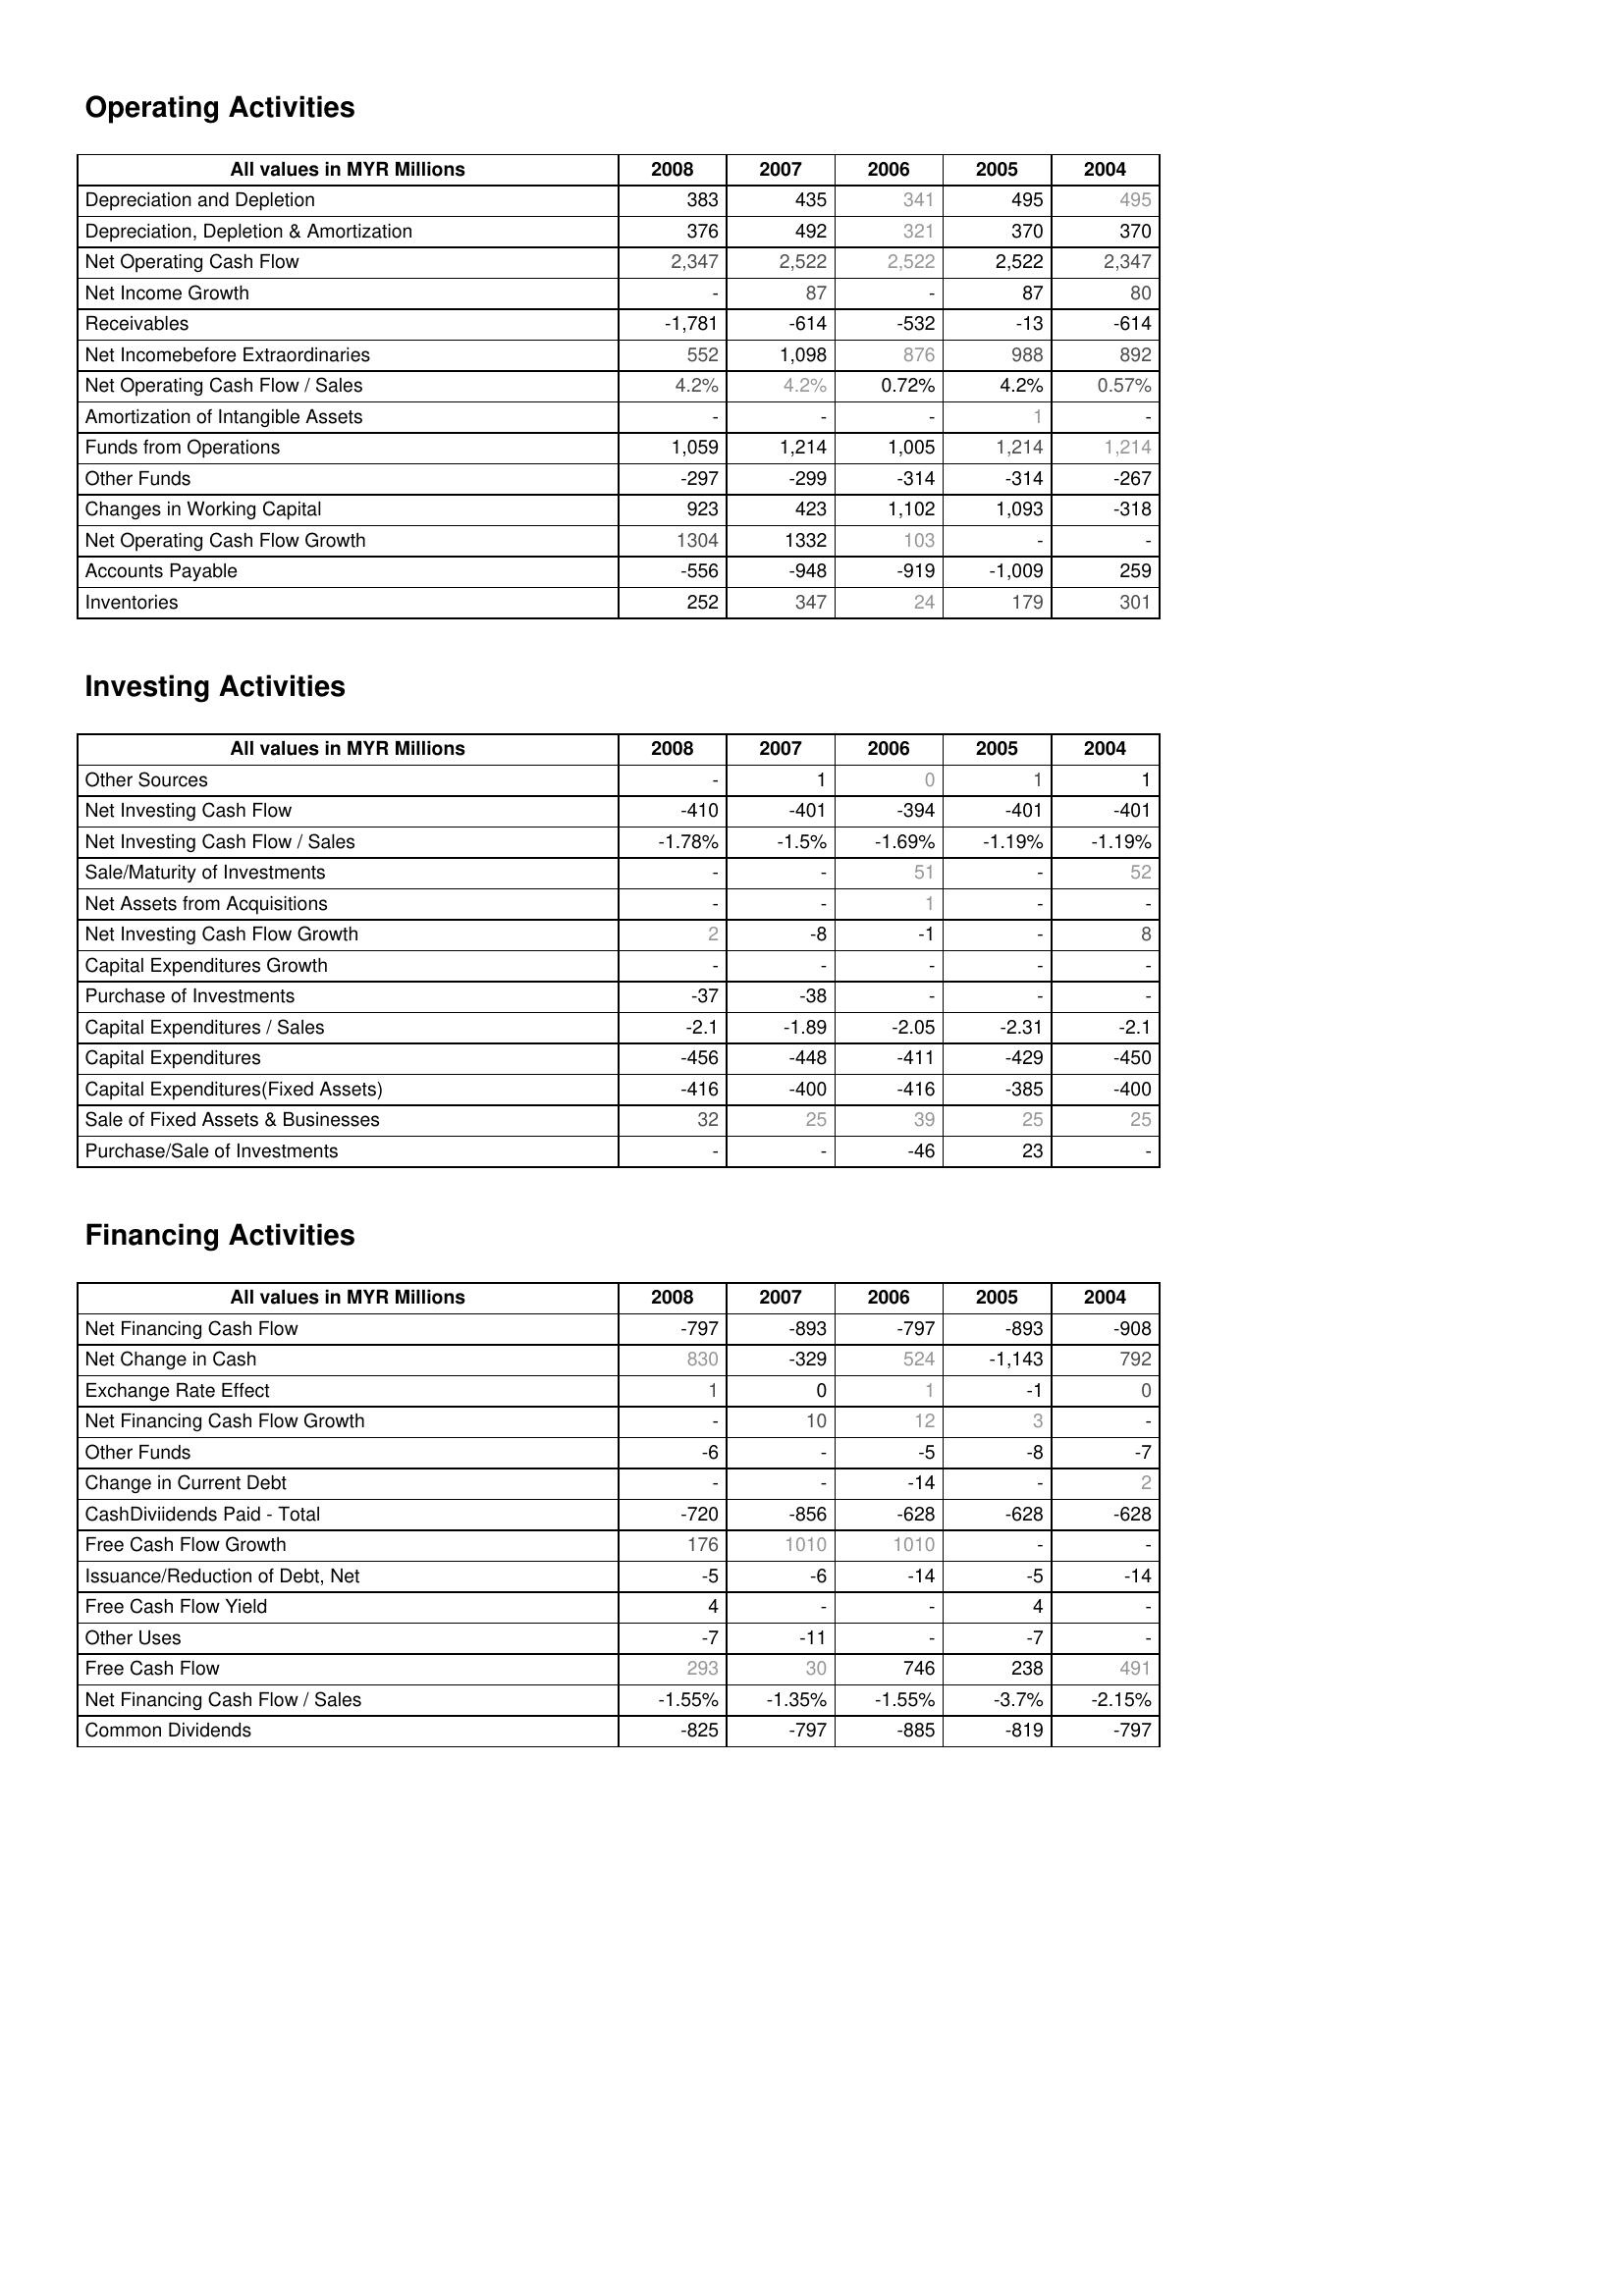
2008: Operating Activities: Depreciation and Depletion: 383
Depreciation, Depletion & Amortization: 376
Net Operating Cash Flow: 2,347
Net Income Growth: -
Receivables: -1,781
Net Incomebefore Extraordinaries: 552
Net Operating Cash Flow / Sales: 4.2%
Amortization of Intangible Assets: -
Funds from Operations: 1,059
Other Funds: -297
Changes in Working Capital: 923
Net Operating Cash Flow Growth: 1304
Accounts Payable: -556
Inventories: 252
Investing Activities: Other Sources: -
Net Investing Cash Flow: -410
Net Investing Cash Flow / Sales: -1.78%
Sale/Maturity of Investments: -
Net Assets from Acquisitions: -
Net Investing Cash Flow Growth: 2
Capital Expenditures Growth: -
Purchase of Investments: -37
Capital Expenditures / Sales: -2.1
Capital Expenditures: -456
Capital Expenditures(Fixed Assets): -416
Sale of Fixed Assets & Businesses: 32
Purchase/Sale of Investments: -
Financing Activities: Net Financing Cash Flow: -797
Net Change in Cash: 830
Exchange Rate Effect: 1
Net Financing Cash Flow Growth: -
Other Funds: -6
Change in Current Debt: -
CashDiviidends Paid - Total: -720
Free Cash Flow Growth: 176
Issuance/Reduction of Debt, Net: -5
Free Cash Flow Yield: 4
Other Uses: -7
Free Cash Flow: 293
Net Financing Cash Flow / Sales: -1.55%
Common Dividends: -825
2007: Operating Activities: Depreciation and Depletion: 435
Depreciation, Depletion & Amortization: 492
Net Operating Cash Flow: 2,522
Net Income Growth: 87
Receivables: -614
Net Incomebefore Extraordinaries: 1,098
Net Operating Cash Flow / Sales: 4.2%
Amortization of Intangible Assets: -
Funds from Operations: 1,214
Other Funds: -299
Changes in Working Capital: 423
Net Operating Cash Flow Growth: 1332
Accounts Payable: -948
Inventories: 347
Investing Activities: Other Sources: 1
Net Investing Cash Flow: -401
Net Investing Cash Flow / Sales: -1.5%
Sale/Maturity of Investments: -
Net Assets from Acquisitions: -
Net Investing Cash Flow Growth: -8
Capital Expenditures Growth: -
Purchase of Investments: -38
Capital Expenditures / Sales: -1.89
Capital Expenditures: -448
Capital Expenditures(Fixed Assets): -400
Sale of Fixed Assets & Businesses: 25
Purchase/Sale of Investments: -
Financing Activities: Net Financing Cash Flow: -893
Net Change in Cash: -329
Exchange Rate Effect: 0
Net Financing Cash Flow Growth: 10
Other Funds: -
Change in Current Debt: -
CashDiviidends Paid - Total: -856
Free Cash Flow Growth: 1010
Issuance/Reduction of Debt, Net: -6
Free Cash Flow Yield: -
Other Uses: -11
Free Cash Flow: 30
Net Financing Cash Flow / Sales: -1.35%
Common Dividends: -797
2006: Operating Activities: Depreciation and Depletion: 341
Depreciation, Depletion & Amortization: 321
Net Operating Cash Flow: 2,522
Net Income Growth: -
Receivables: -532
Net Incomebefore Extraordinaries: 876
Net Operating Cash Flow / Sales: 0.72%
Amortization of Intangible Assets: -
Funds from Operations: 1,005
Other Funds: -314
Changes in Working Capital: 1,102
Net Operating Cash Flow Growth: 103
Accounts Payable: -919
Inventories: 24
Investing Activities: Other Sources: 0
Net Investing Cash Flow: -394
Net Investing Cash Flow / Sales: -1.69%
Sale/Maturity of Investments: 51
Net Assets from Acquisitions: 1
Net Investing Cash Flow Growth: -1
Capital Expenditures Growth: -
Purchase of Investments: -
Capital Expenditures / Sales: -2.05
Capital Expenditures: -411
Capital Expenditures(Fixed Assets): -416
Sale of Fixed Assets & Businesses: 39
Purchase/Sale of Investments: -46
Financing Activities: Net Financing Cash Flow: -797
Net Change in Cash: 524
Exchange Rate Effect: 1
Net Financing Cash Flow Growth: 12
Other Funds: -5
Change in Current Debt: -14
CashDiviidends Paid - Total: -628
Free Cash Flow Growth: 1010
Issuance/Reduction of Debt, Net: -14
Free Cash Flow Yield: -
Other Uses: -
Free Cash Flow: 746
Net Financing Cash Flow / Sales: -1.55%
Common Dividends: -885
2005: Operating Activities: Depreciation and Depletion: 495
Depreciation, Depletion & Amortization: 370
Net Operating Cash Flow: 2,522
Net Income Growth: 87
Receivables: -13
Net Incomebefore Extraordinaries: 988
Net Operating Cash Flow / Sales: 4.2%
Amortization of Intangible Assets: 1
Funds from Operations: 1,214
Other Funds: -314
Changes in Working Capital: 1,093
Net Operating Cash Flow Growth: -
Accounts Payable: -1,009
Inventories: 179
Investing Activities: Other Sources: 1
Net Investing Cash Flow: -401
Net Investing Cash Flow / Sales: -1.19%
Sale/Maturity of Investments: -
Net Assets from Acquisitions: -
Net Investing Cash Flow Growth: -
Capital Expenditures Growth: -
Purchase of Investments: -
Capital Expenditures / Sales: -2.31
Capital Expenditures: -429
Capital Expenditures(Fixed Assets): -385
Sale of Fixed Assets & Businesses: 25
Purchase/Sale of Investments: 23
Financing Activities: Net Financing Cash Flow: -893
Net Change in Cash: -1,143
Exchange Rate Effect: -1
Net Financing Cash Flow Growth: 3
Other Funds: -8
Change in Current Debt: -
CashDiviidends Paid - Total: -628
Free Cash Flow Growth: -
Issuance/Reduction of Debt, Net: -5
Free Cash Flow Yield: 4
Other Uses: -7
Free Cash Flow: 238
Net Financing Cash Flow / Sales: -3.7%
Common Dividends: -819
2004: Operating Activities: Depreciation and Depletion: 495
Depreciation, Depletion & Amortization: 370
Net Operating Cash Flow: 2,347
Net Income Growth: 80
Receivables: -614
Net Incomebefore Extraordinaries: 892
Net Operating Cash Flow / Sales: 0.57%
Amortization of Intangible Assets: -
Funds from Operations: 1,214
Other Funds: -267
Changes in Working Capital: -318
Net Operating Cash Flow Growth: -
Accounts Payable: 259
Inventories: 301
Investing Activities: Other Sources: 1
Net Investing Cash Flow: -401
Net Investing Cash Flow / Sales: -1.19%
Sale/Maturity of Investments: 52
Net Assets from Acquisitions: -
Net Investing Cash Flow Growth: 8
Capital Expenditures Growth: -
Purchase of Investments: -
Capital Expenditures / Sales: -2.1
Capital Expenditures: -450
Capital Expenditures(Fixed Assets): -400
Sale of Fixed Assets & Businesses: 25
Purchase/Sale of Investments: -
Financing Activities: Net Financing Cash Flow: -908
Net Change in Cash: 792
Exchange Rate Effect: 0
Net Financing Cash Flow Growth: -
Other Funds: -7
Change in Current Debt: 2
CashDiviidends Paid - Total: -628
Free Cash Flow Growth: -
Issuance/Reduction of Debt, Net: -14
Free Cash Flow Yield: -
Other Uses: -
Free Cash Flow: 491
Net Financing Cash Flow / Sales: -2.15%
Common Dividends: -797